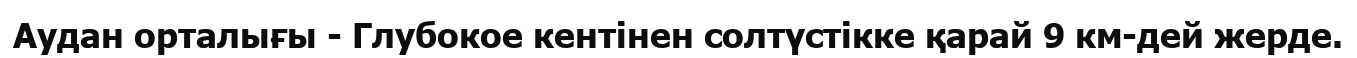
Аудан орталығы - Глубокое кентінен солтүстікке қарай 9 км-дей жерде.